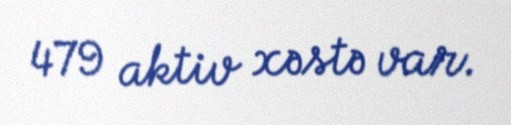
479 aktiv xəstə var.